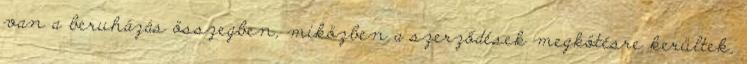
van a beruházás összegben, miközben a szerződések megkötésre kerültek,